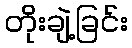
တိုးချဲ့ခြင်း